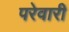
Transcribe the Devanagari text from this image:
परेवारी